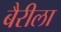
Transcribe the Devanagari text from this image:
बैरीला